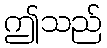
ဤသည်